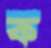
ক